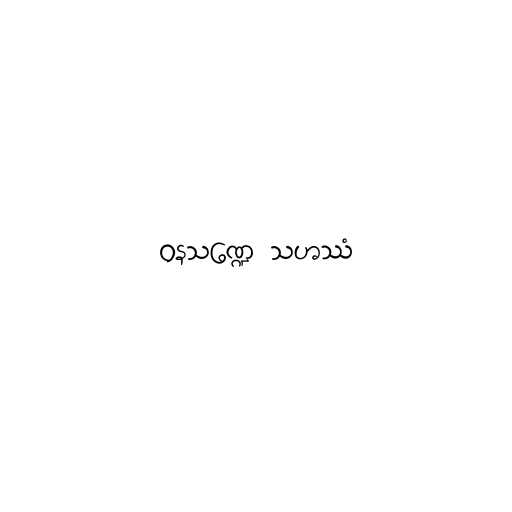
ဝနသဏ္ဍေ သဟဿံ